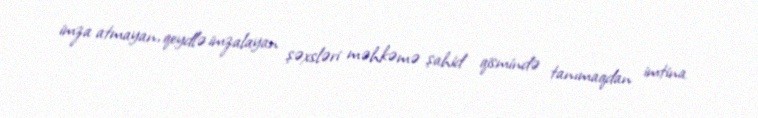
imza atmayan, qeydlə imzalayan şəxsləri məhkəmə şahid qismində tanımaqdan imtina